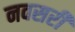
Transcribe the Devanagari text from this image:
नवसरी